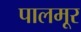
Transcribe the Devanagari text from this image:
पालमूर